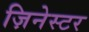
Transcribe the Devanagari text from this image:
ज़िनेस्टर